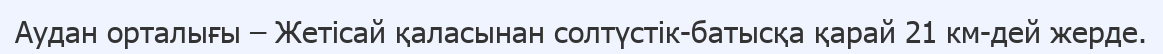
Аудан орталығы – Жетісай қаласынан солтүстік-батысқа қарай 21 км-дей жерде.